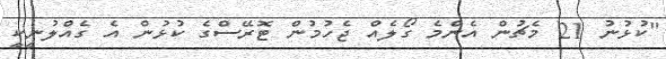
"ކުޅުނު 21 މެޗުން އެންމެ ގޯލެއް ޖެހުމުން ޓޮރޭސްގެ ކުޅުން އެ ގެއްލުނީކީ